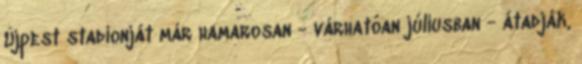
Újpest stadionját már hamarosan - várhatóan júliusban - átadják,